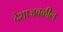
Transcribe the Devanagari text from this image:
देशाजवळील